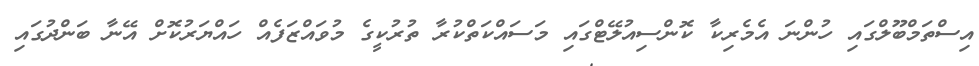
އިސްތަމްބޫލްގައި ހުންނަ އެމެރިކާ ކޮންސިއުލޭޓްގައި މަސައްކަތްކުރާ ތުރުކީގެ މުވައްޒަފެއް ހައްޔަރުކޮށް އޭނާ ބަންދުގައި